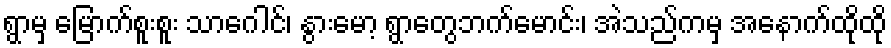
ရွာမှ မြောက်စူးစူး သာဂေါင်၊ နွားမော့ ရွာတွေဘက်မောင်း၊ အဲသည်ကမှ အနောက်ထိုထို